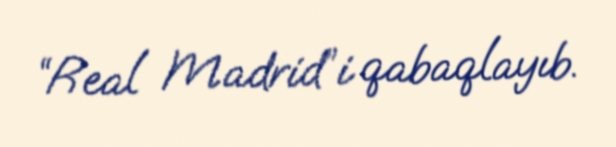
“Real Madrid”i qabaqlayıb.